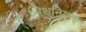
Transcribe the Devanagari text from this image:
लिथुनियाई